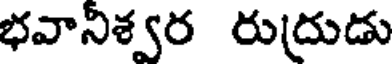
భవానిశ్వర రుద్రుడు